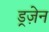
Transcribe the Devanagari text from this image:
ड्रज़ेन